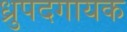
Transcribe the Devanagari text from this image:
ध्रुपदगायक